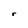
Character: r